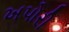
ખપોરી